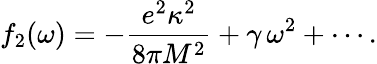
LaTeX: f_{2}(\omega)=-{\frac{e^{2}\kappa^{2}}{8\pi M^{2}}}+\gamma\, \omega^{2}+\cdots.